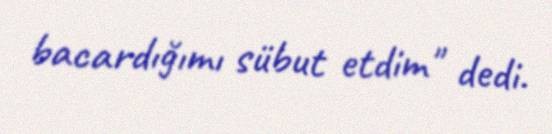
bacardığımı sübut etdim" dedi.